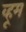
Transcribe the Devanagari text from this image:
व्हूम